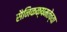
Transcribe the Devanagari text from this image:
सैनिकक्षमतेच्या